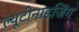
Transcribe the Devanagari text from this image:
ल्यूटीनाइजिंग